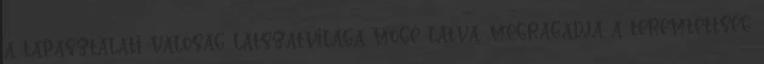
a tapasztalati valóság látszatvilága mögé látva, megragadja a teremtettség